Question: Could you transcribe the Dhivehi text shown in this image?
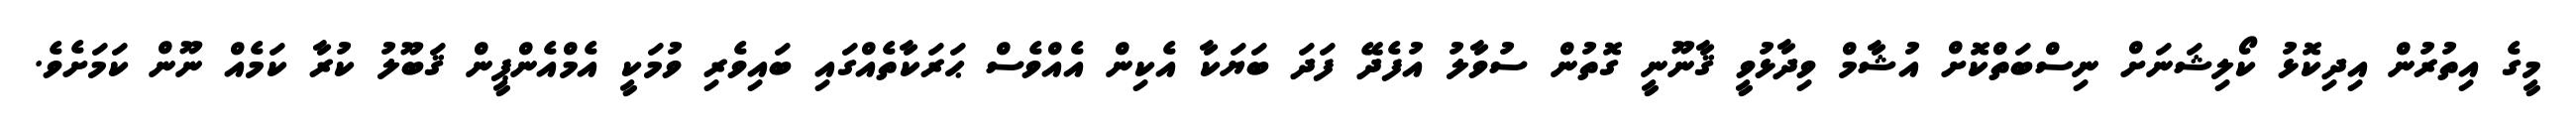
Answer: މީގެ އިތުރުން އިދިކޮޅު ކޯލިޝަނަށް ނިސްބަތްކޮށް އުޝާމް ވިދާޅުވީ ޤާނޫނީ ގޮތުން ސުވާލު އުފެދޭ ފަދަ ބަޔަކާ އެކިން އެއްވެސް ޙަރަކާތެއްގައި ބައިވެރި ވުމަކީ އެމްއެންޕީން ޤަބޫލު ކުރާ ކަމެއް ނޫން ކަމަށެވެ.